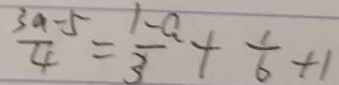
\frac { 3 a - 5 } { 4 } = \frac { 1 - a } { 3 } + \frac { 1 } { 6 } + 1